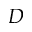
D